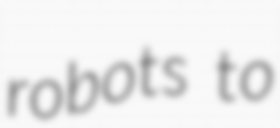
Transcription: robots to